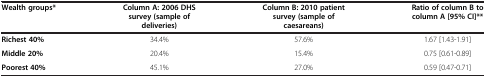
| Wealth groups* | Column A: 2006 DHS survey (sample of deliveries) | Column B: 2010 patient survey (sample of caesareans) | Ratio of column B to column A [95% CI]** |
 | --- | --- | --- | --- |
 | Richest 40% | 34.4% | 57.6% | 1.67 [1.43-1.91] |
 | Middle 20% | 20.4% | 15.4% | 0.75 [0.61-0.89] |
 | Poorest 40% | 45.1% | 27.0% | 0.59 [0.47-0.71] |